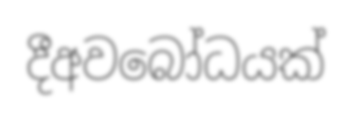
දීඅවබෝධයක්